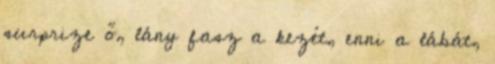
surprize ő, lány fasz a kezét, enni a lábát,